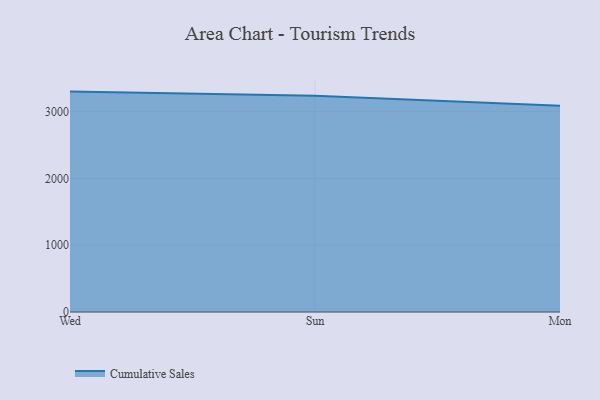
{"axis": {"x": "Day", "y": "Humidity (%)"}, "legend": ["Cumulative Sales"], "data": [{"x": "Wed", "y": 3301.2, "type": "Cumulative Sales"}, {"x": "Sun", "y": 3237.5, "type": "Cumulative Sales"}, {"x": "Mon", "y": 3091.1, "type": "Cumulative Sales"}]}